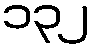
၁၃၂